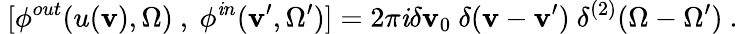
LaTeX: ~[\phi^{out}(u(\mathbf{v}),\Omega)~,~\phi^{\mathit{i}n}(\mathbf{v}^{\prime},\Omega^{\prime})]=2\pi\mathit{i}\delta\mathbf{v}_{0}~\delta(\mathbf{v}-\mathbf{v}^{\prime})~\delta^{(2)}(\Omega-\Omega^{\prime})~.